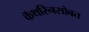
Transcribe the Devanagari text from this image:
कॅथरिनसोबत